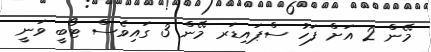
މޭން 2 އަށް ފަހު ސްޕައިޑަރ މޭން 3 ގައިވެސް ޓޯބީ ވަނީ